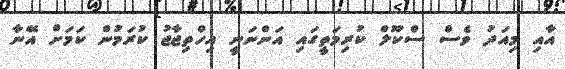
އާއި މިއަދު ވެސް ސްކޫލް ކުރިމަތީގައި އަންނަނީ އިހްތިޖާޖު ކުރަމުން ކަމަށް އޭނާ